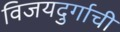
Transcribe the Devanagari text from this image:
विजयदुर्गाची